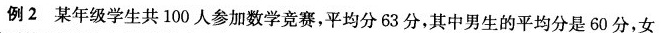
例2某年级学生共100人参加数学竞赛，平均分63分，其中男生的平均分是60分，女